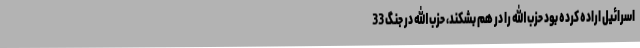
اسرائیل اراده کرده بود حزب الله را در هم بشکند، حزب الله در جنگ 33